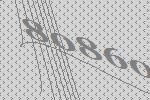
80860